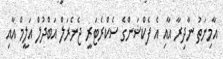
އާމިނަތު ނާދިރާ އާއި އެ ފެކްޝަންގެ ސެކްރެޓަރީ ޖެނެރަލް އަބްދުލް އަލީމް އާއި